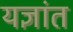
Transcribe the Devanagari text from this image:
यज्ञांत